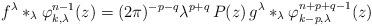
LaTeX: \begin{align*} f^\lambda \ast_\lambda \varphi_{k,\lambda}^{n-1}(z) = (2\pi)^{-p-q} \lambda^{p+q}\, P(z) \, g^\lambda \ast_\lambda \varphi_{k-p,\lambda}^{n+p+q-1}(z) \end{align*}